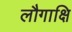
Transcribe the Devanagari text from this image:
लौगाक्षि